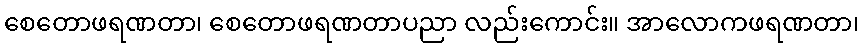
စေတောဖရဏတာ၊ စေတောဖရဏတာပညာ လည်းကောင်း။ အာလောကဖရဏတာ၊